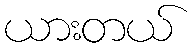
ယားတယ်